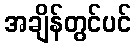
အချိန်တွင်ပင်